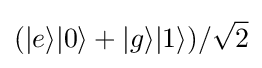
(|e\rangle |0\rangle +|g\rangle |1\rangle )/{\sqrt {2}}